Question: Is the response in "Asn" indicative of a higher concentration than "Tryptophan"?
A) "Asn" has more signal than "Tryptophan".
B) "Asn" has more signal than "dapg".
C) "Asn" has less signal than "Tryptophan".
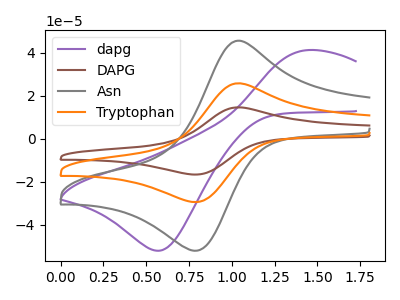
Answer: <think>The purple curve "dapg" has an anodic peak at (1.45V, 41.25uA) and a cathodic peak at (0.60V, -52.20uA). The brown curve "DAPG" has an anodic peak at (1.00V, 51.25uA) and a cathodic peak at (0.80V, -59.00uA). The gray curve "Asn" has an anodic peak at (1.00V, 45.30uA) and a cathodic peak at (0.80V, -52.15uA). The orange curve "Tryptophan" has an anodic peak at (1.00V, 25.60uA) and a cathodic peak at (0.80V, -29.50uA).
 All the peaks in "Asn" have a peak in "Tryptophan" at the same potential. Every peak in "Asn" is higher than every peak in "Tryptophan".</think>
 <answer>A) "Asn" has more signal than "Tryptophan".</answer>
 <eval>A</eval>